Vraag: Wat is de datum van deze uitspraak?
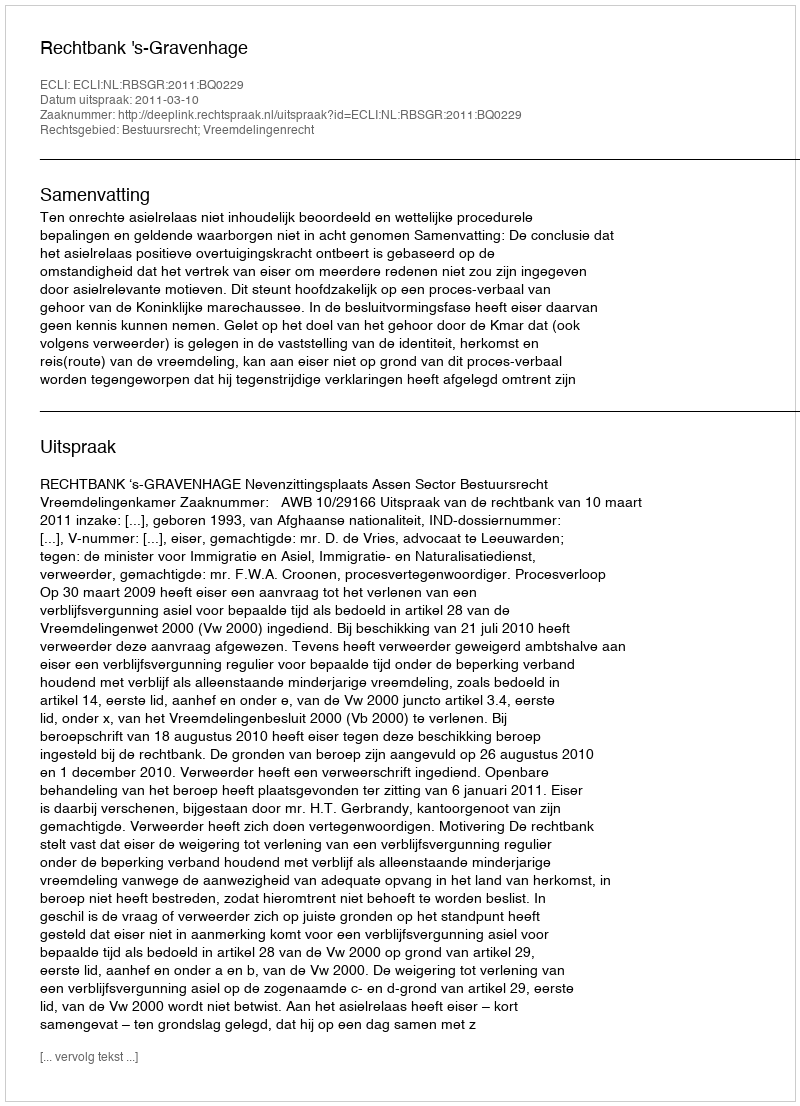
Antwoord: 2011-03-10